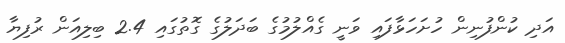
އަދި ކުންފުނިން ހުށަހަޅާފައި ވަނީ ގެއްލުމުގެ ބަދަލުގެ ގޮތުގައި 2.4 ބިލިއަން ރުފިޔާ